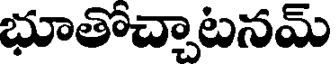
భూతోచ్చాటనమ్